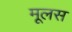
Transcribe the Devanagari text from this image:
मूलस